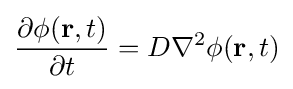
{\frac {\partial \phi (\mathbf {r} ,t)}{\partial t}}=D\nabla ^{2}\phi (\mathbf {r} ,t)